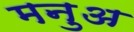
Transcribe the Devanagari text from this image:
मनुअ